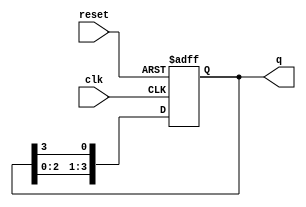
module ring_counter (
    input wire clk,          // Clock input
    input wire reset,        // Asynchronous reset input
    output reg [n-1:0] q     // Output state of the ring counter
);
    parameter n = 4;         // Number of bits (4 for a 4-bit ring counter)

    // Initial state for the ring counter
    initial begin
        q = 1'b1;            // Initialize to 0001 for a 4-bit counter
    end

    always @(posedge clk or posedge reset) begin
        if (reset) begin
            q <= 1'b1;       // Asynchronous reset to initial state (0001)
        end else begin
            // Shift the '1' to the left and wrap around
            q <= {q[n-2:0], q[n-1]};
        end
    end
endmodule